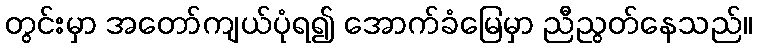
တွင်းမှာ အတော်ကျယ်ပုံရ၍ အောက်ခံမြေမှာ ညီညွတ်နေသည်။